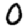
Digit: 0